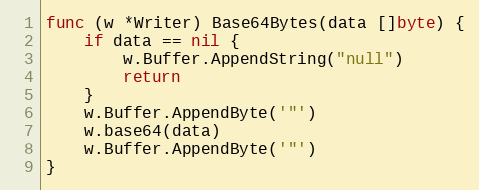
Language: Go
func (w *Writer) Base64Bytes(data []byte) {
	if data == nil {
		w.Buffer.AppendString("null")
		return
	}
	w.Buffer.AppendByte('"')
	w.base64(data)
	w.Buffer.AppendByte('"')
}